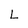
Character: L